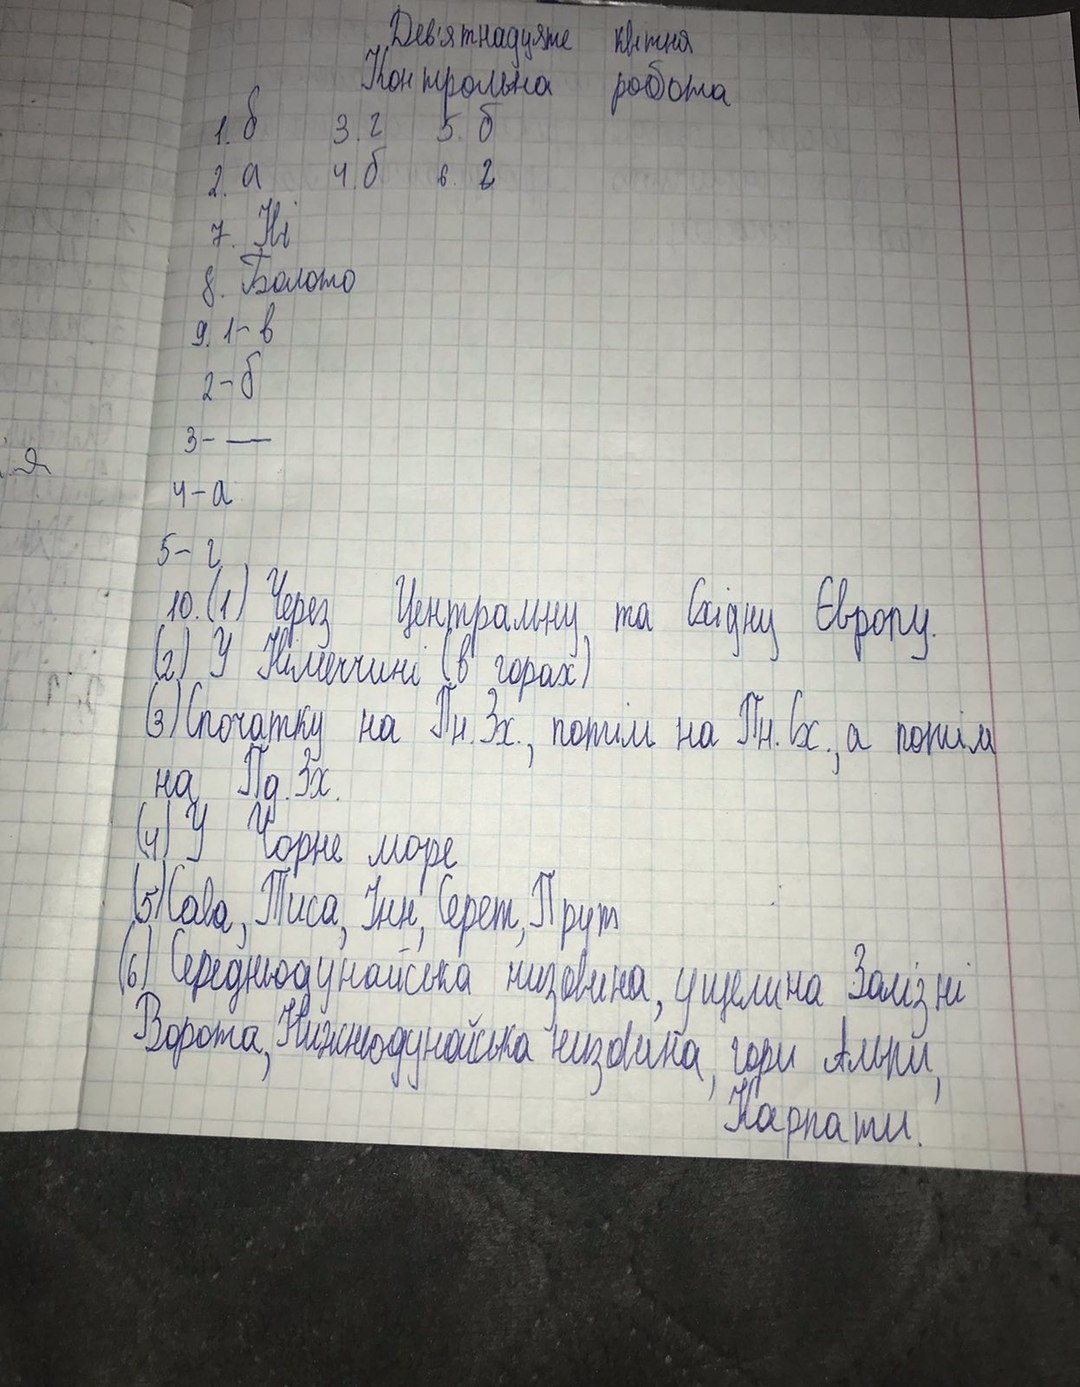
Дев'ятнадцяте квітня
Контрольна робота
1. б
3. г
5.б
4. б
2. a
6. г
7. Hi
8. Болото
9. 1-в
2-б
3- __
4 - а
5 - г
10. (1) Через Центральну та Східну Європу
(2) У Німеччині (в горах)
(3) Спочатку на Пн. Зх., потім на Пн. Сх., а потім
на Пд. Зх.
(4) У Чорне море
(5) Сава, Тиса, Інн, Серет, Прут
(6) Середньодунайська низовина, ущелина Залізні
Ворота, Нижньодунайська низовина, гори Альпи
Карпати